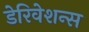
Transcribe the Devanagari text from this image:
डेरिवेशन्स